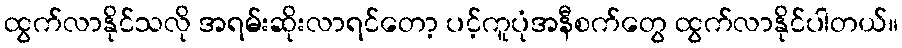
ထွက်လာနိုင်သလို အရမ်းဆိုးလာရင်တော့ ပင့်ကူပုံအနီစက်တွေ ထွက်လာနိုင်ပါတယ်။